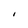
Character: I